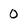
Character: 0